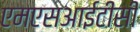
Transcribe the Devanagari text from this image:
एमएसआईटीसी